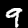
Label: 9